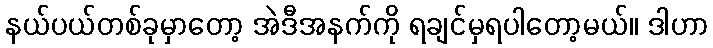
နယ်ပယ်တစ်ခုမှာတော့ အဲဒီအနက်ကို ရချင်မှရပါတော့မယ်။ ဒါဟာ